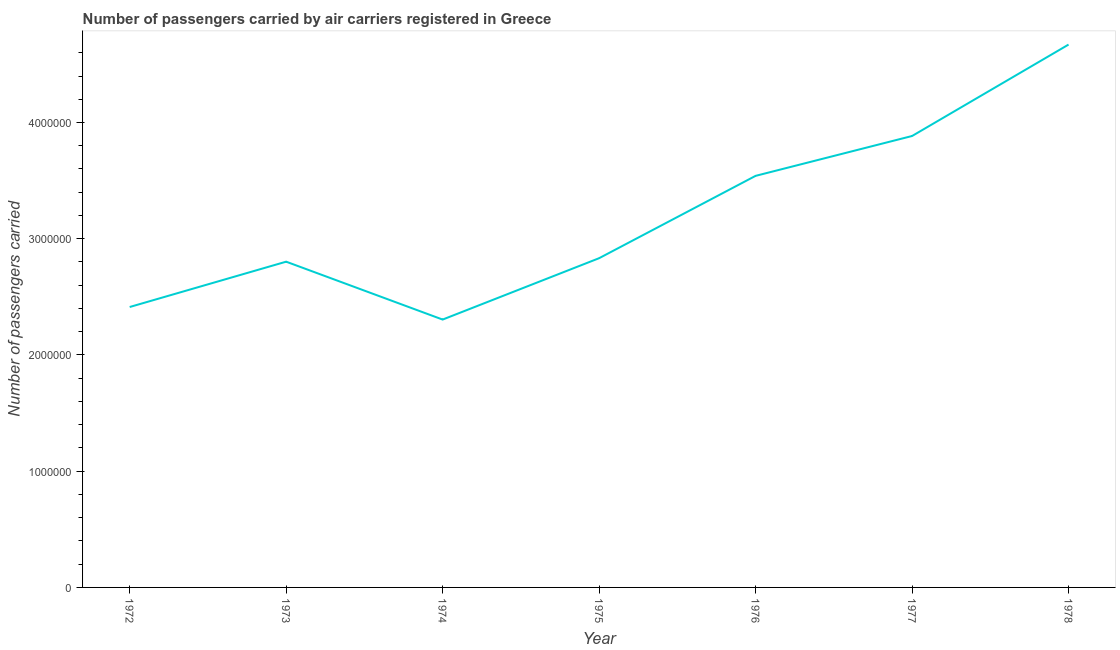
| Year | Air transport |
 | --- | --- |
 | 1972 | 2.41e+06 |
 | 1973 | 2.8e+06 |
 | 1974 | 2.3e+06 |
 | 1975 | 2.83e+06 |
 | 1976 | 3.54e+06 |
 | 1977 | 3.88e+06 |
 | 1978 | 4.67e+06 |